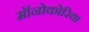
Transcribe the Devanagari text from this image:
मॉनोकोरिया